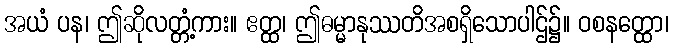
အယံ ပန၊ ဤဆိုလတ္တံ့ကား။ ဧတ္ထ၊ ဤဓမ္မာနုဿတိအစရှိသောပါဌ်၌။ ဝစနတ္ထော၊